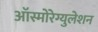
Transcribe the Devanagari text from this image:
ऑस्मोरेग्युलेशन